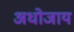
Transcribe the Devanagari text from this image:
अधोजाय